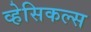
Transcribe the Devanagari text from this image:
व्हेसिकल्स